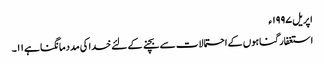
اپریل ١٩٩٧ء
استغفار گناہوں کے احتمالات سے بچنے کے لئے خدا کی مدد مانگنا ہے ١١۔